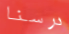
درسنا